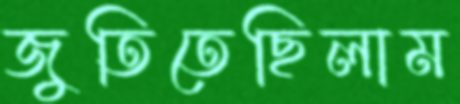
জুতিতেছিলাম